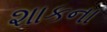
શાકના